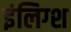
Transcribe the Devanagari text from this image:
इंलिग्श